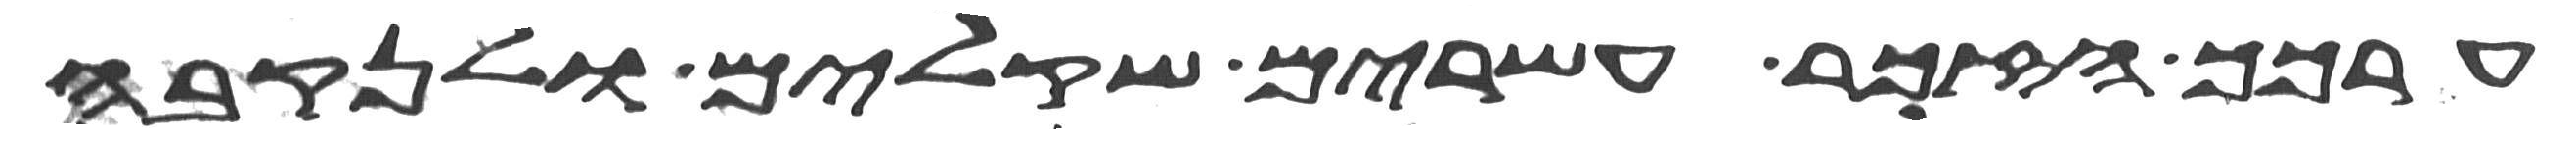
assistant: ערכך הזכר עשרים שקלים ולנקבה